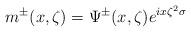
LaTeX: \begin{align*}m^\pm(x,\zeta)=\Psi^\pm(x,\zeta) e^{ix\zeta^2 \sigma}\end{align*}